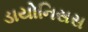
ડાયોનિસસ